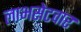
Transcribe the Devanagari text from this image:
लाभसेटवार